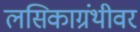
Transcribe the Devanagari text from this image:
लसिकाग्रंथीवर